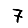
Digit: 7